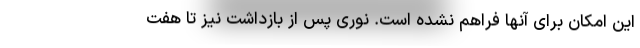
این امکان برای آنها فراهم نشده است. نوری پس از بازداشت نیز تا هفت